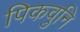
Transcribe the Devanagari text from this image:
पिकवुनि